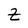
Character: Z